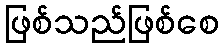
ဖြစ်သည်ဖြစ်စေ